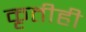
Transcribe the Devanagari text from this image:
कृतीही